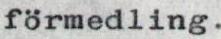
förmedling.